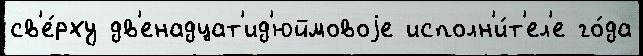
св'е́рху дв'енадцат'ид'юймовоjе исполн'и́т'ел'е го́да